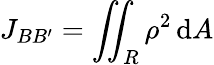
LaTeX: J_{BB^{\prime}}=\iint_{R}{\rho}^{2}\, \mathrm{d}A